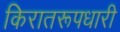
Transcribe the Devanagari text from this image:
किरातरूपधारी